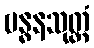
ဗန္ဓနသုတ္တံ